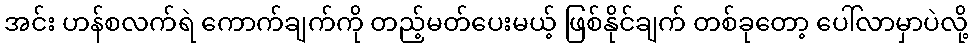
အင်း ဟန်စလက်ရဲ ကောက်ချက်ကို တည့်မတ်ပေးမယ့် ဖြစ်နိုင်ချက် တစ်ခုတော့ ပေါ်လာမှာပဲလို့